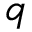
q